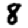
Digit: 8